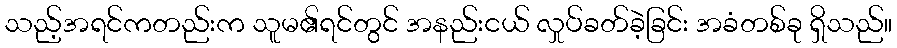
သည့်အရင်ကတည်းက သူမ၏ရင်တွင် အနည်းငယ် လှုပ်ခတ်ခဲ့ခြင်း အခံတစ်ခု ရှိသည်။